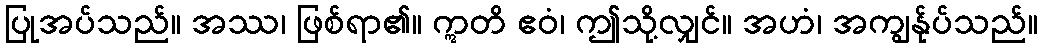
ပြုအပ်သည်။ အဿ၊ ဖြစ်ရာ၏။ ဣတိ ဧဝံ၊ ဤသို့လျှင်။ အဟံ၊ အကျွန်ုပ်သည်။